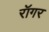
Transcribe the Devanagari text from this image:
रॉगर